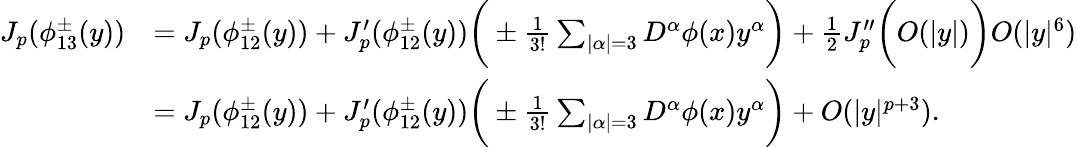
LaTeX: \begin{array}{rl}{J_{p}(\phi_{13}^{\pm}(y))}&{=J_{p}(\phi_{12}^{\pm}(y))+J_{p}^{\prime}(\phi_{12}^{\pm}(y))\bigg(\pm\frac{1}{3!}\sum_{|\alpha|=3}D^{\alpha}\phi(x)y^{\alpha}\bigg)+\frac{1}{2}J_{p}^{\prime\prime}\bigg(O(|y|)\bigg)O(|y|^{6})}\\ &{=J_{p}(\phi_{12}^{\pm}(y))+J_{p}^{\prime}(\phi_{12}^{\pm}(y))\bigg(\pm\frac{1}{3!}\sum_{|\alpha|=3}D^{\alpha}\phi(x)y^{\alpha}\bigg)+O(|y|^{p+3}).}\end{array}